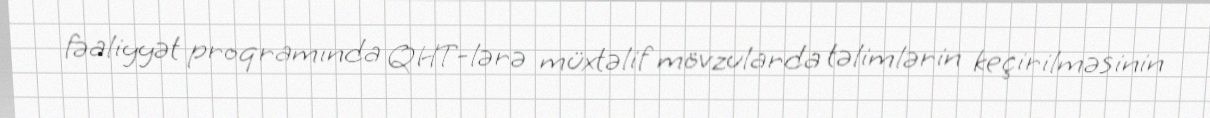
fəaliyyət proqramında QHT-lərə müxtəlif mövzularda təlimlərin keçirilməsinin